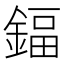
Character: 鍢